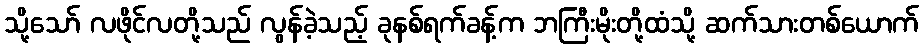
သို့သော် လဖိုင်လတို့သည် လွန်ခဲ့သည့် ခုနစ်ရက်ခန့်က ဘကြီးမိုးတို့ထံသို့ ဆက်သားတစ်ယောက်